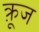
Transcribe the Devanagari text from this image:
क़्रूज